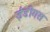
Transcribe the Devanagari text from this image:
ईडीगस